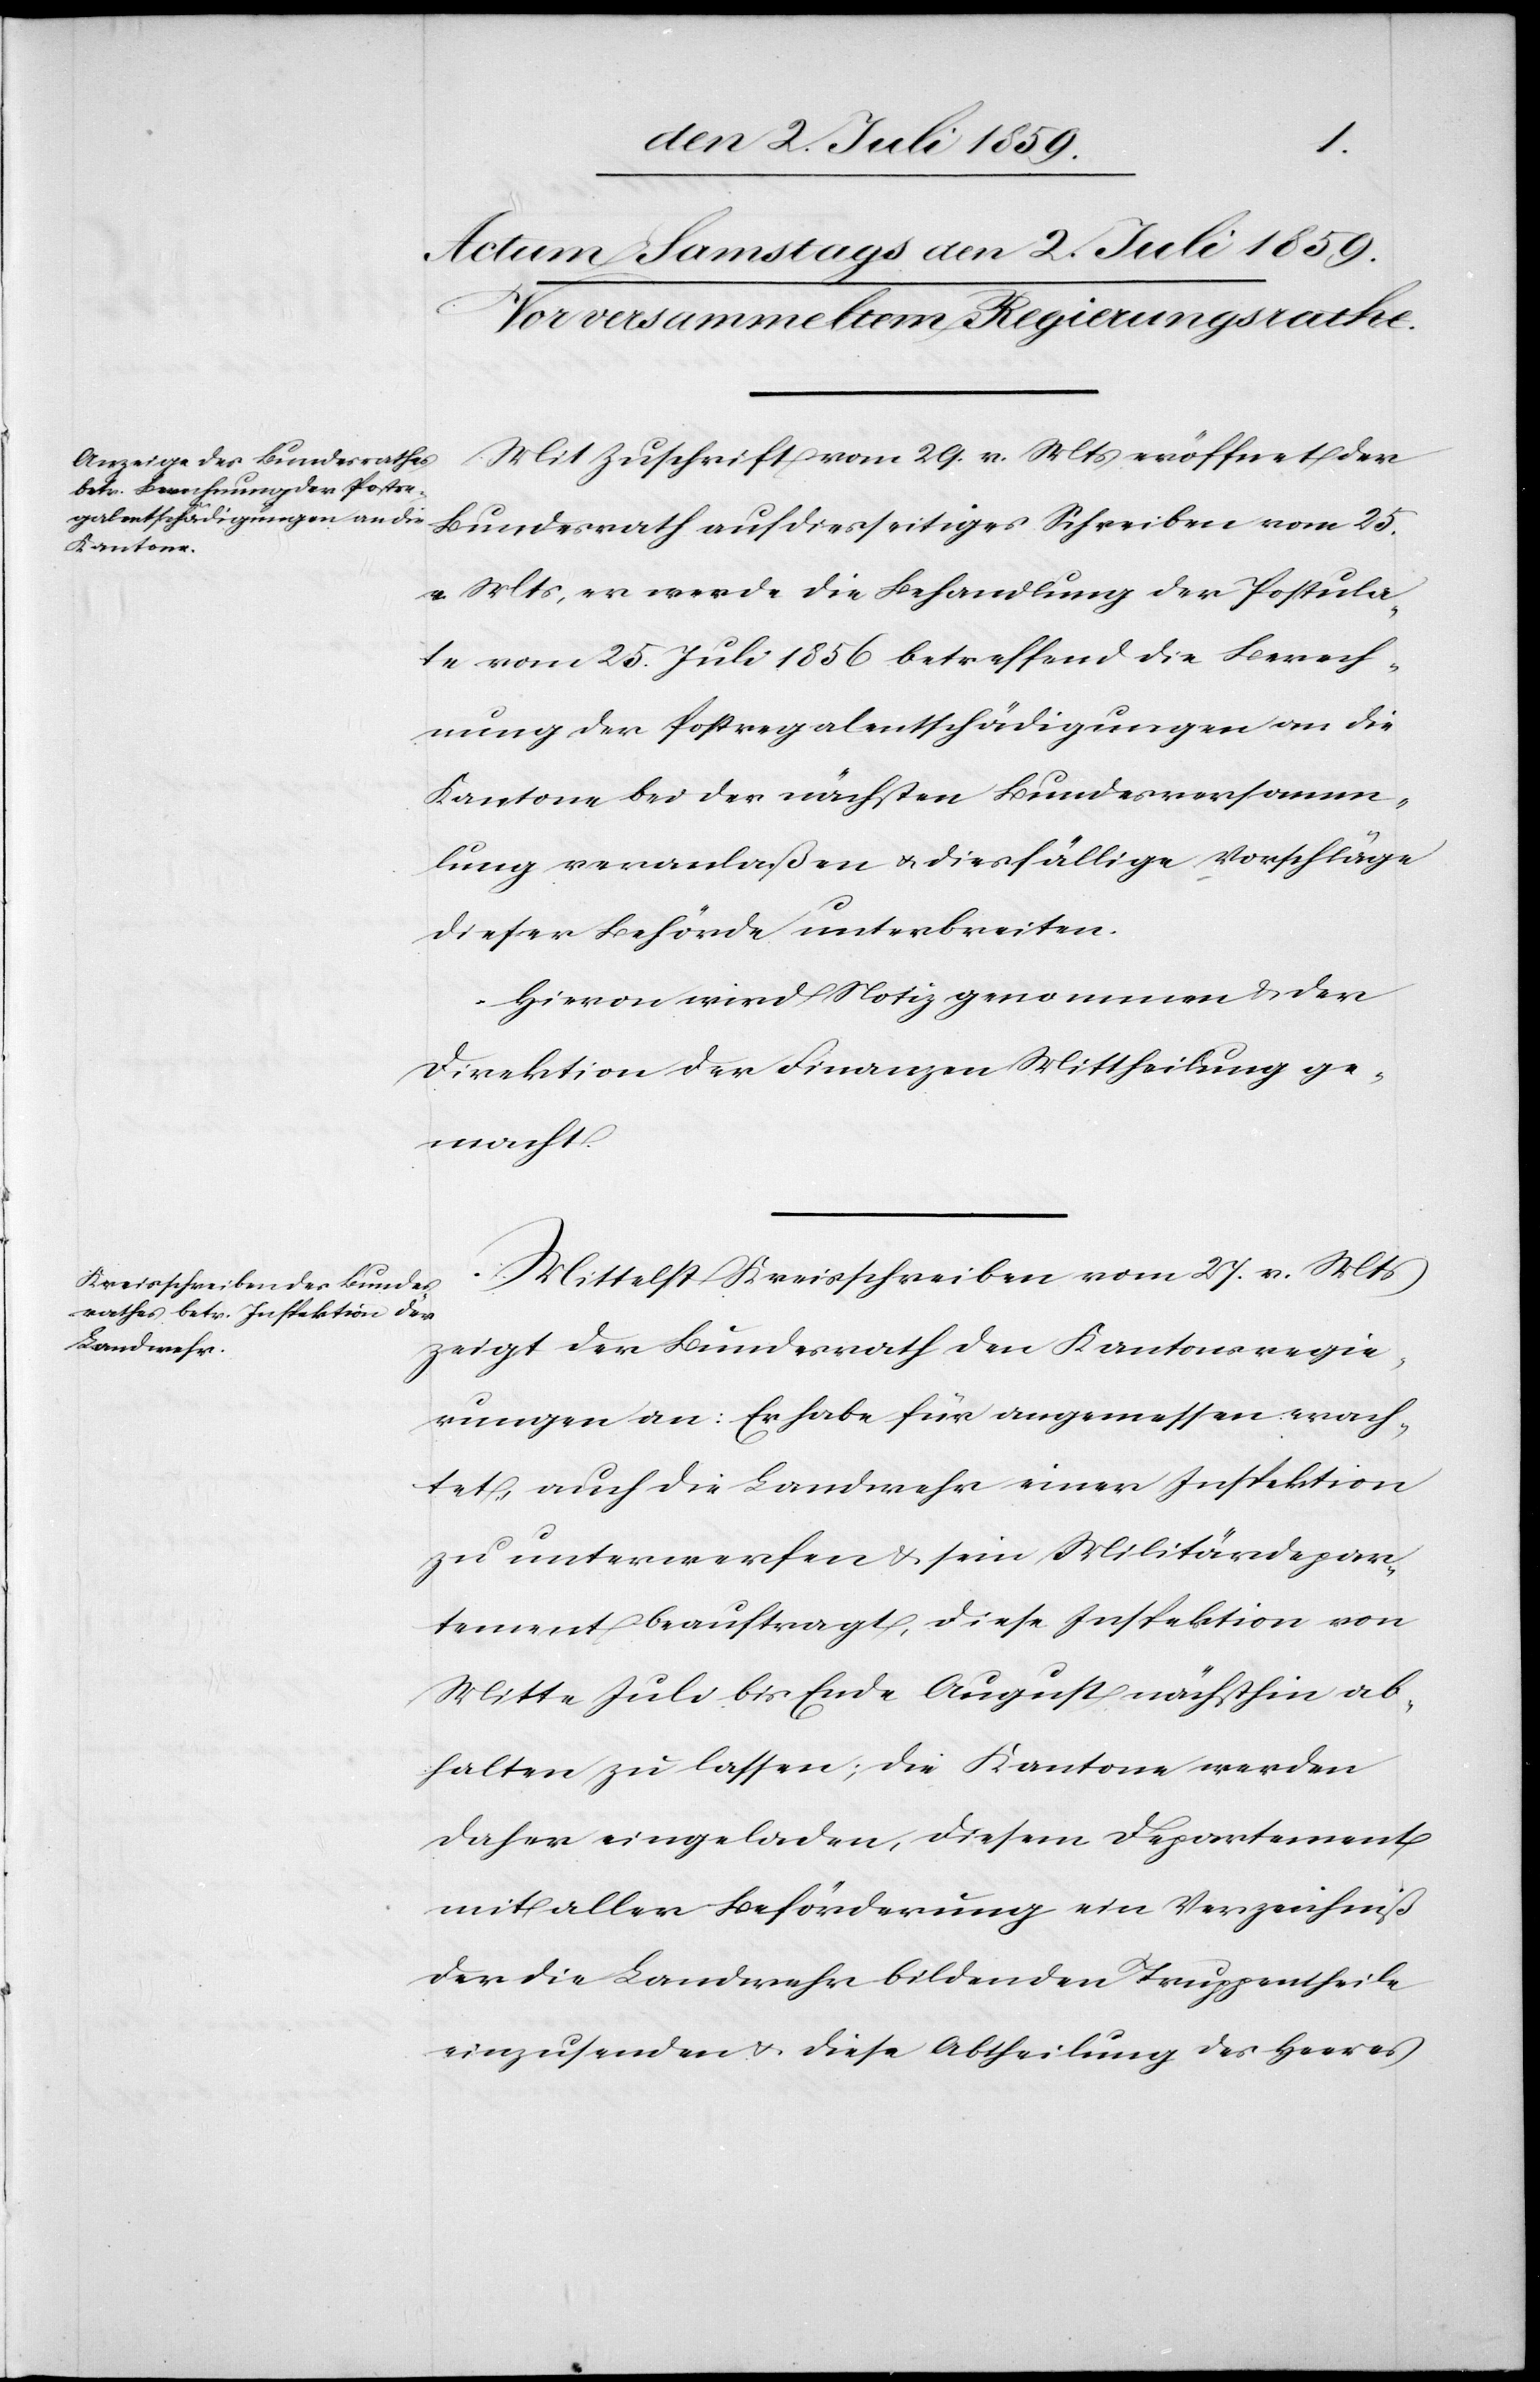
Mit Zuschrift vom 29. v. Mts. eröffnet der
Bundesrath auf diesseitiges Schreiben vom 25.
v. Mts., er werde die Behandlung der Postula¬
te vom 25. Juli 1856 betreffend die Berech¬
nung der Postregalentschädigungen an die
Kantone bei der nächsten Bundesversamm¬
lung veranlaßen u. diesfällige Vorschläge
dieser Behörde unterbreiten.
Hievon wird Notiz genommen u. der
Direktion der Finanzen Mittheilung ge¬
macht.
Mittelst Kreisschreiben vom 27. v. Mts.
zeigt der Bundesrath den Kantonsregie¬
rungen an: Er habe für angemessen erach¬
tet, auch die Landwehr einer Inspektion
zu unterwerfen u. sein Militärdepar¬
tement beauftragt, diese Inspektion von
Mitte Juli bis Ende August nächsthin ab¬
halten zu lassen; die Kantone werden
daher eingeladen, diesem Departement
mit aller Beförderung ein Verzeichniß
der die Landwehr bildenden Truppentheile
einzusenden u. diese Abtheilung des Heeres